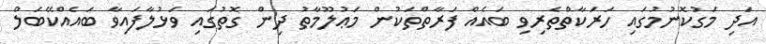
އަދި މަގުކޮނުމުގައި ހަރަކާތްތެރިވި ބައެއް ފަރާތްތަކުން މަޢުލޫމާތު ދިން ގޮތުގައި ވަޅުލާފައިވާ ބައެއްކޭބަލް